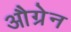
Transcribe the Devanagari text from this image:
औग्रेन